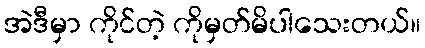
အဲဒီမှာ ကိုင်တဲ့ ကိုမှတ်မိပါသေးတယ်။